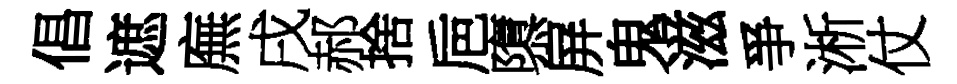
倡遮廡戌郝捨巵隳屏鬼滋爭淅仗